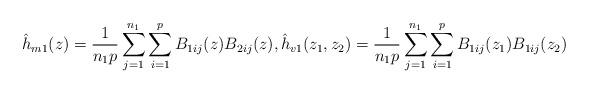
LaTeX: \begin{align*} \hat{h}_{m1}(z)=\frac{1}{n_1p}\sum\limits_{j=1}^{n_1}\sum\limits_{i=1}^p B_{1ij}(z)B_{2ij}(z),\hat{h}_{v1}(z_1, z_2)=\frac{1}{n_1p}\sum\limits_{j=1}^{n_1}\sum\limits_{i=1}^p B_{1ij}(z_1)B_{1ij}(z_2) \end{align*}